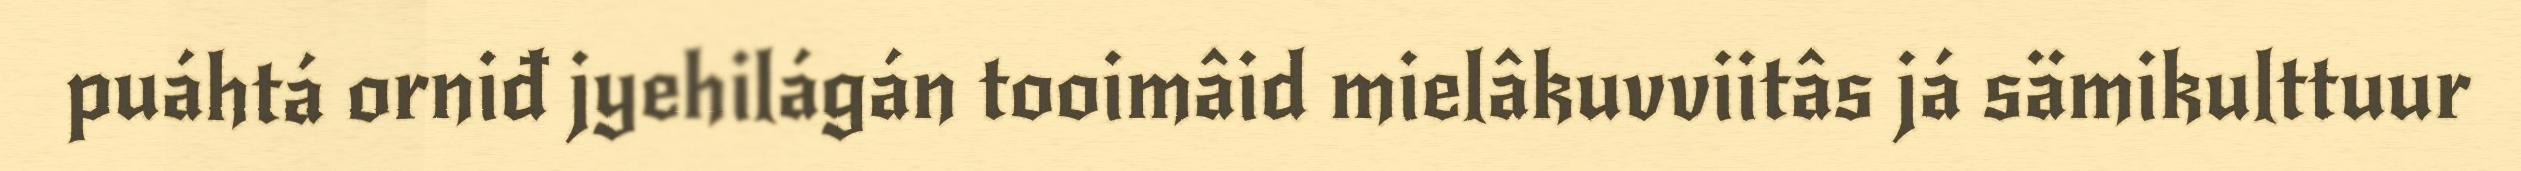
puáhtá orniđ jyehilágán tooimâid mielâkuvviitâs já sämikulttuur